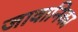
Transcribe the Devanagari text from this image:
जावानिका